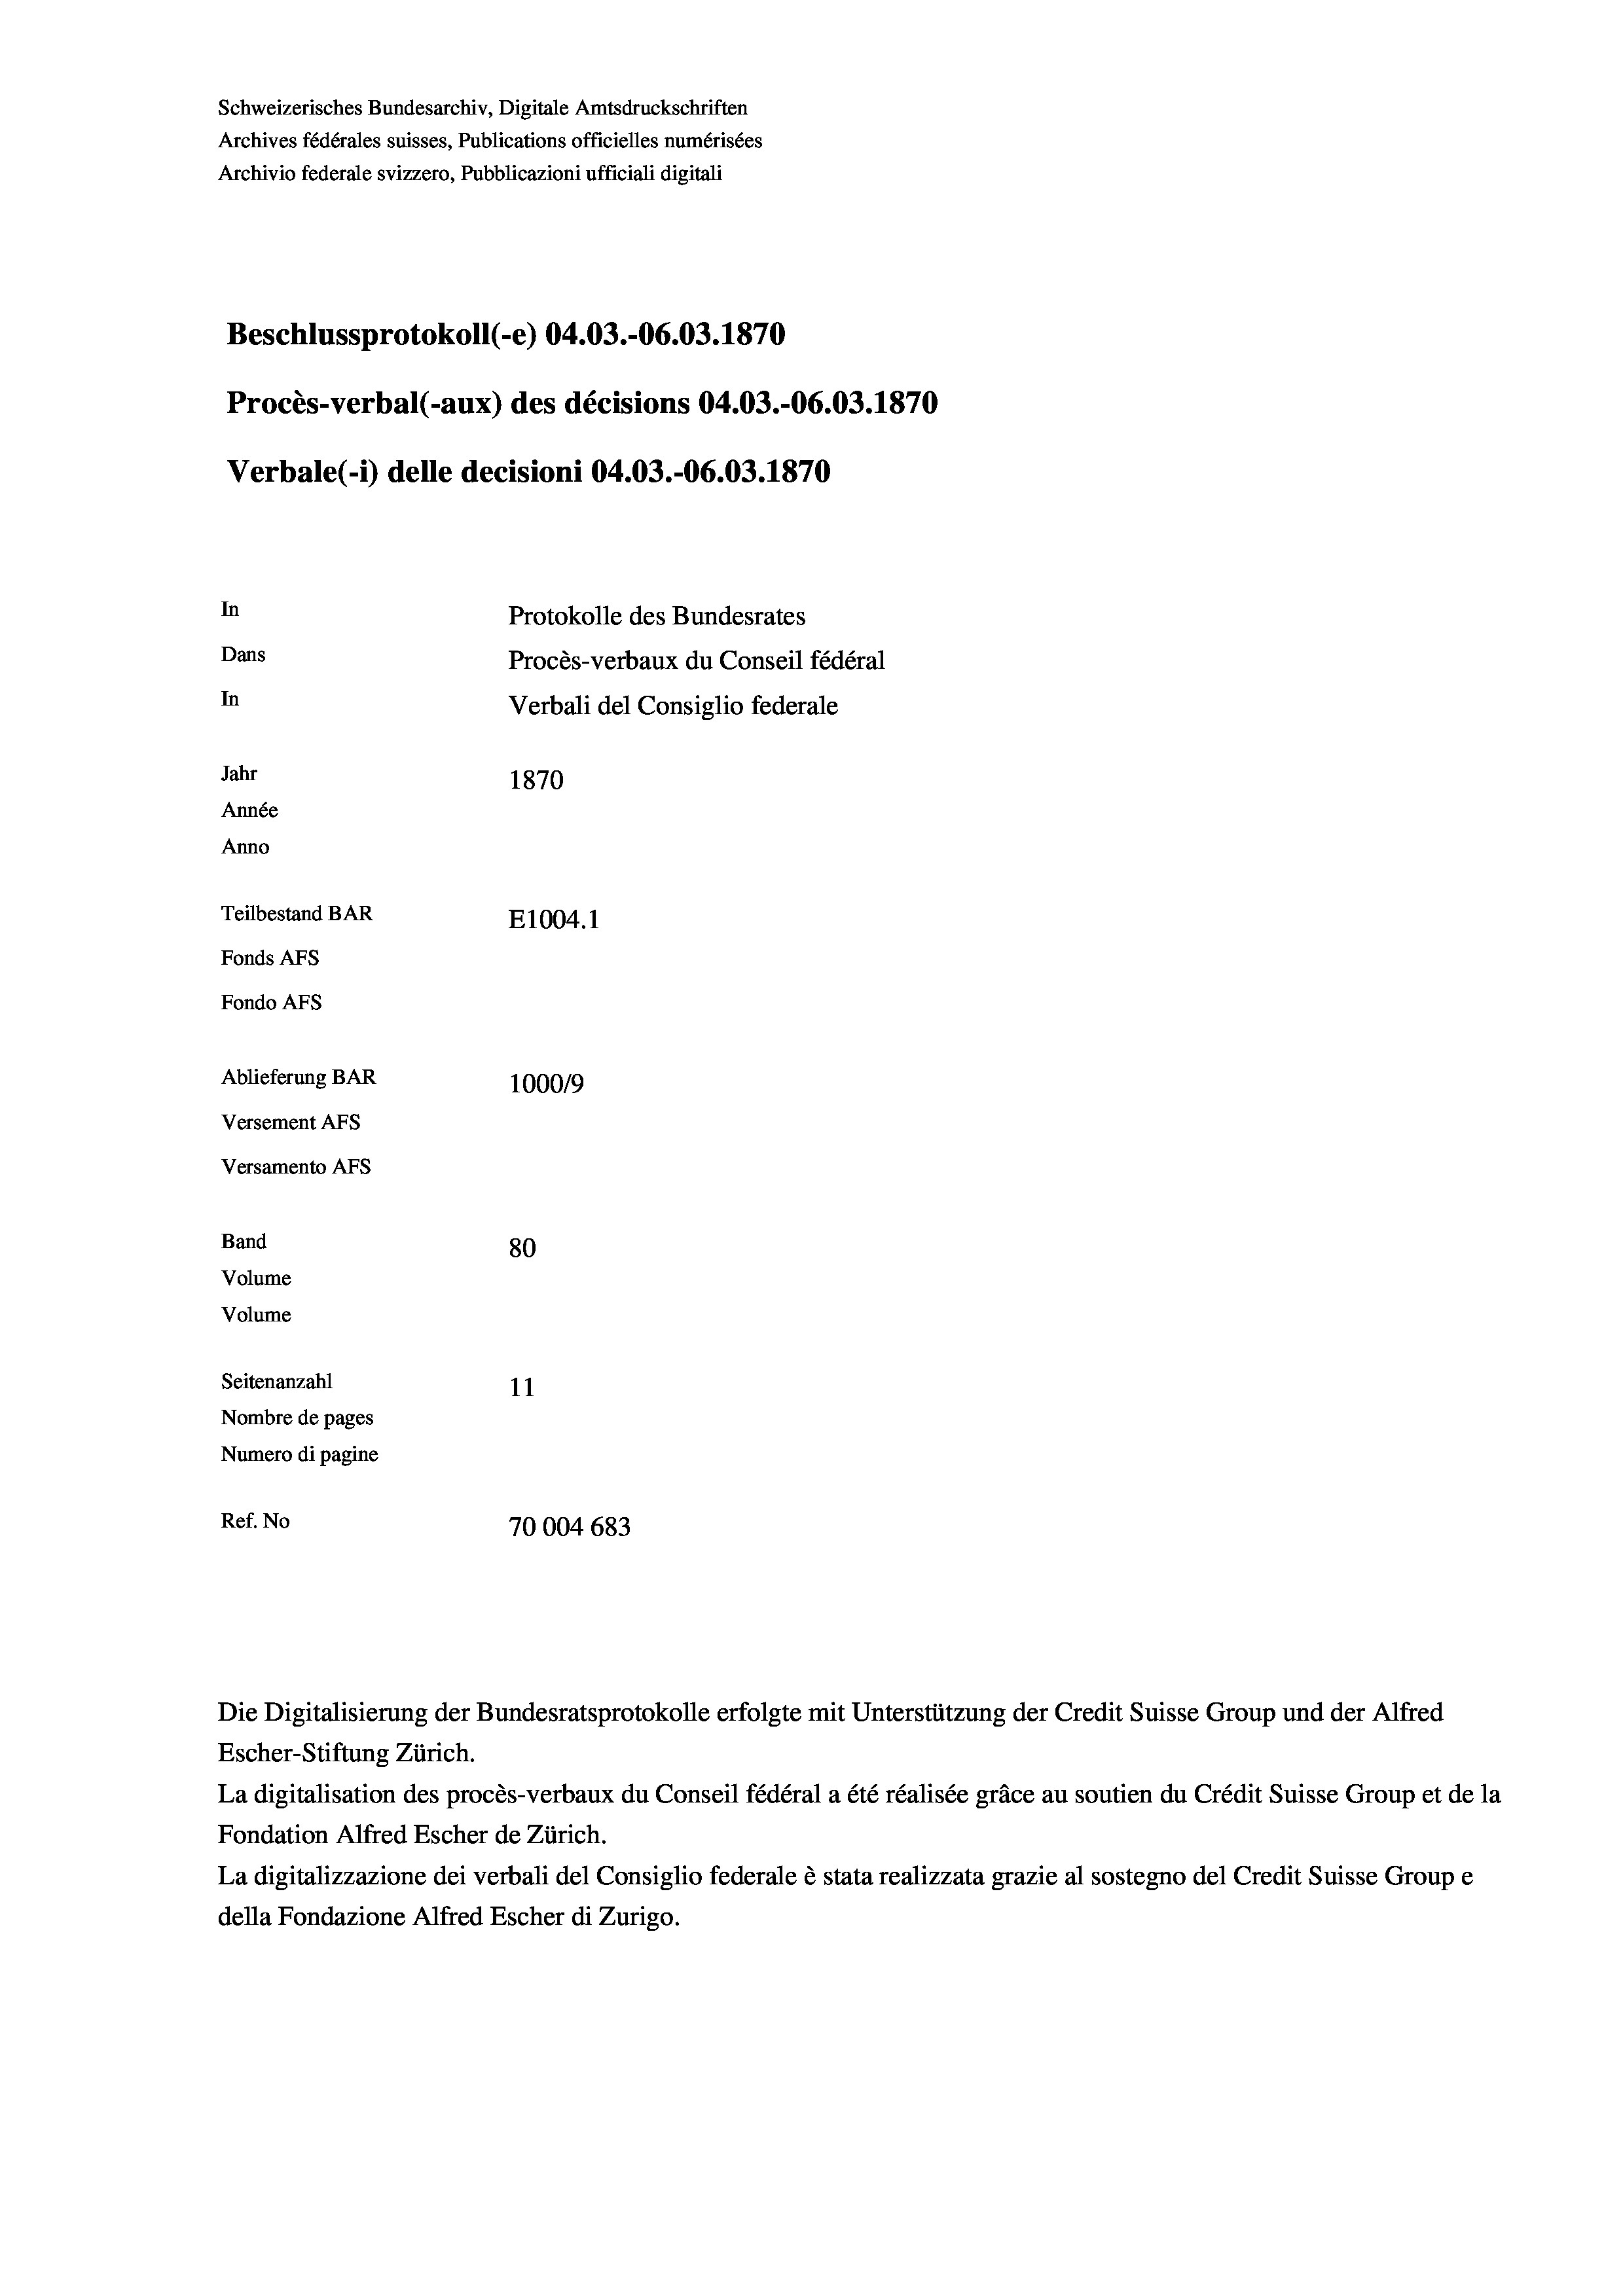
Schweizerisches Bundesarchiv, Digitale Amtsdruckschriften
Archives fédérales suisses, Publications officielles numérisées
Archivio federale svizzero, Pubblicazioni ufficiali digitali
Beschlussprotokoll (-e) 04.03.-06.03. 1870
Procès-verbal (-aux) des décisions 04.03.-06.03. 1870
Verbale(1) delle decisioni 04.03.-06.03. 1870
In
Protokolle des Bundesrates
Dans
Procès-verbaux du Conseil fédéral
In
Verbali del Consiglio federale
Jahr
1870
Année
Anno
Teilbestand BAR
E1004.1
Fonds AFs
Fondo AFs
Ablieferung BAR
1000/9
Versement AFs
Versamento Afs

80
11
Nombre de pages
Numero di pagine
Ref. No
70004 683

Band
Volume
Volume

Seitenanzahl

Escher-Stiftung Zürich.
La digitalisation des procès-verbaux du Conseil fédéral a été réalisée gräce au soutien du Crédit Suisse Group et de la
Fondation Alfred Escher de Zürich.
La digitalizzazione dei verbali del Consiglio federale è stata realizzata grazie al sostegno del Credit Suisse Groupe
della Fondazione Alfred Escher di Zurigo.

Die Digitalisierung der Bundesratsprotokolle erfolgte mit Unterstützung der Credit Suisse Group und der Alfred